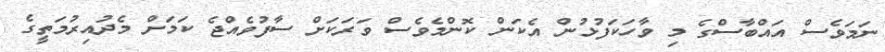
ނަމަވެސް އައްބާސްގެ މި ވާހަކަފުޅުން އެކަން ކޮންމެވެސް ވަރަކަށް ސާފުވެއްޖެ ކަމަށް މެދުއިރުމަތީގެ